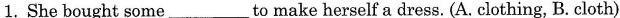
1. She bought some___to make herself a dress. (A. clothing, B. cloth)